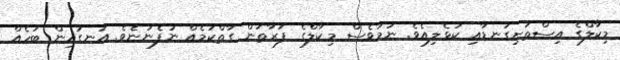
މިކާލްގެ އިސްތަށިގަނޑާއި ކުޅެލިއެވެ. ނަމަވެސް މިކާލްގެ ފަރާތުން ގާތްކަމެއް ނުފެނުނެވެ. އަނގައިން ބަހެއް